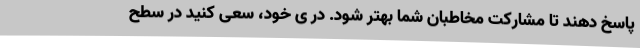
پاسخ دهند تا مشارکت مخاطبان شما بهتر شود. در ی خود، سعی کنید در سطح